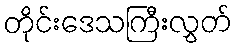
တိုင်းဒေသကြီးလွှတ်